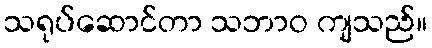
သရုပ်ဆောင်တာ သဘာဝ ကျသည်။